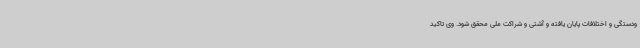
ودستگی و اختلافات پایان یافته و آشتی و شراکت ملی محقق شود. وی تاکید